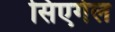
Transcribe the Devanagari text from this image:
सिएगेल